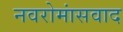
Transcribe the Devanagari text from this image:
नवरोमांसवाद